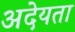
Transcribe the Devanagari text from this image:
अदेयता